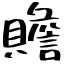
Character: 贍